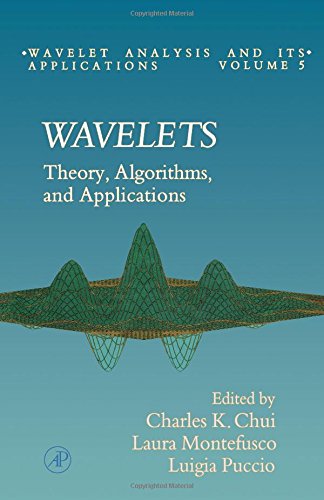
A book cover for Wavelets: Theory, Algorithms, and Applications; Science & Math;